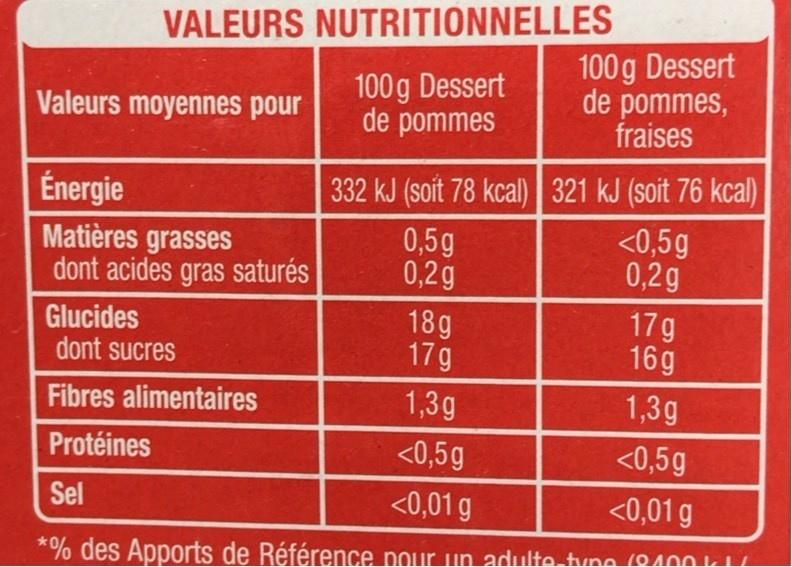
VALEURS NUTRITIONNELLES
100g Dessert de pommes
100g Dessert de pommes, fraises
Valeurs moyennes pour
332 kJ (soit 78 kcal) 321 kJ (soit 76 kcal) <0,5g 0,2g
Énergie
Matières grasses dont acides gras saturés
0,5g 0,2g
Glucides dont sucres
18g 17g
17g 16g
Fibres alimentaires
1,3g
1,3g
Protéines
<0,5g
<0,5g
Sel
<0,01 g
<0,01 g
*% des Apports de Référence pour un adulte tune (0400 L L/